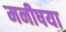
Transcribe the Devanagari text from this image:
मनीषया